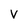
Character: V